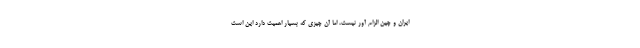
ایران و چین الزام آور نیست، اما آن چیزی که بسیار اهمیت دارد این است